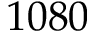
1 0 8 0